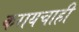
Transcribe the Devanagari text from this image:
करायचाही